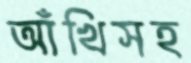
আঁখিসহ